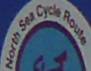
North Sea Cycle Route